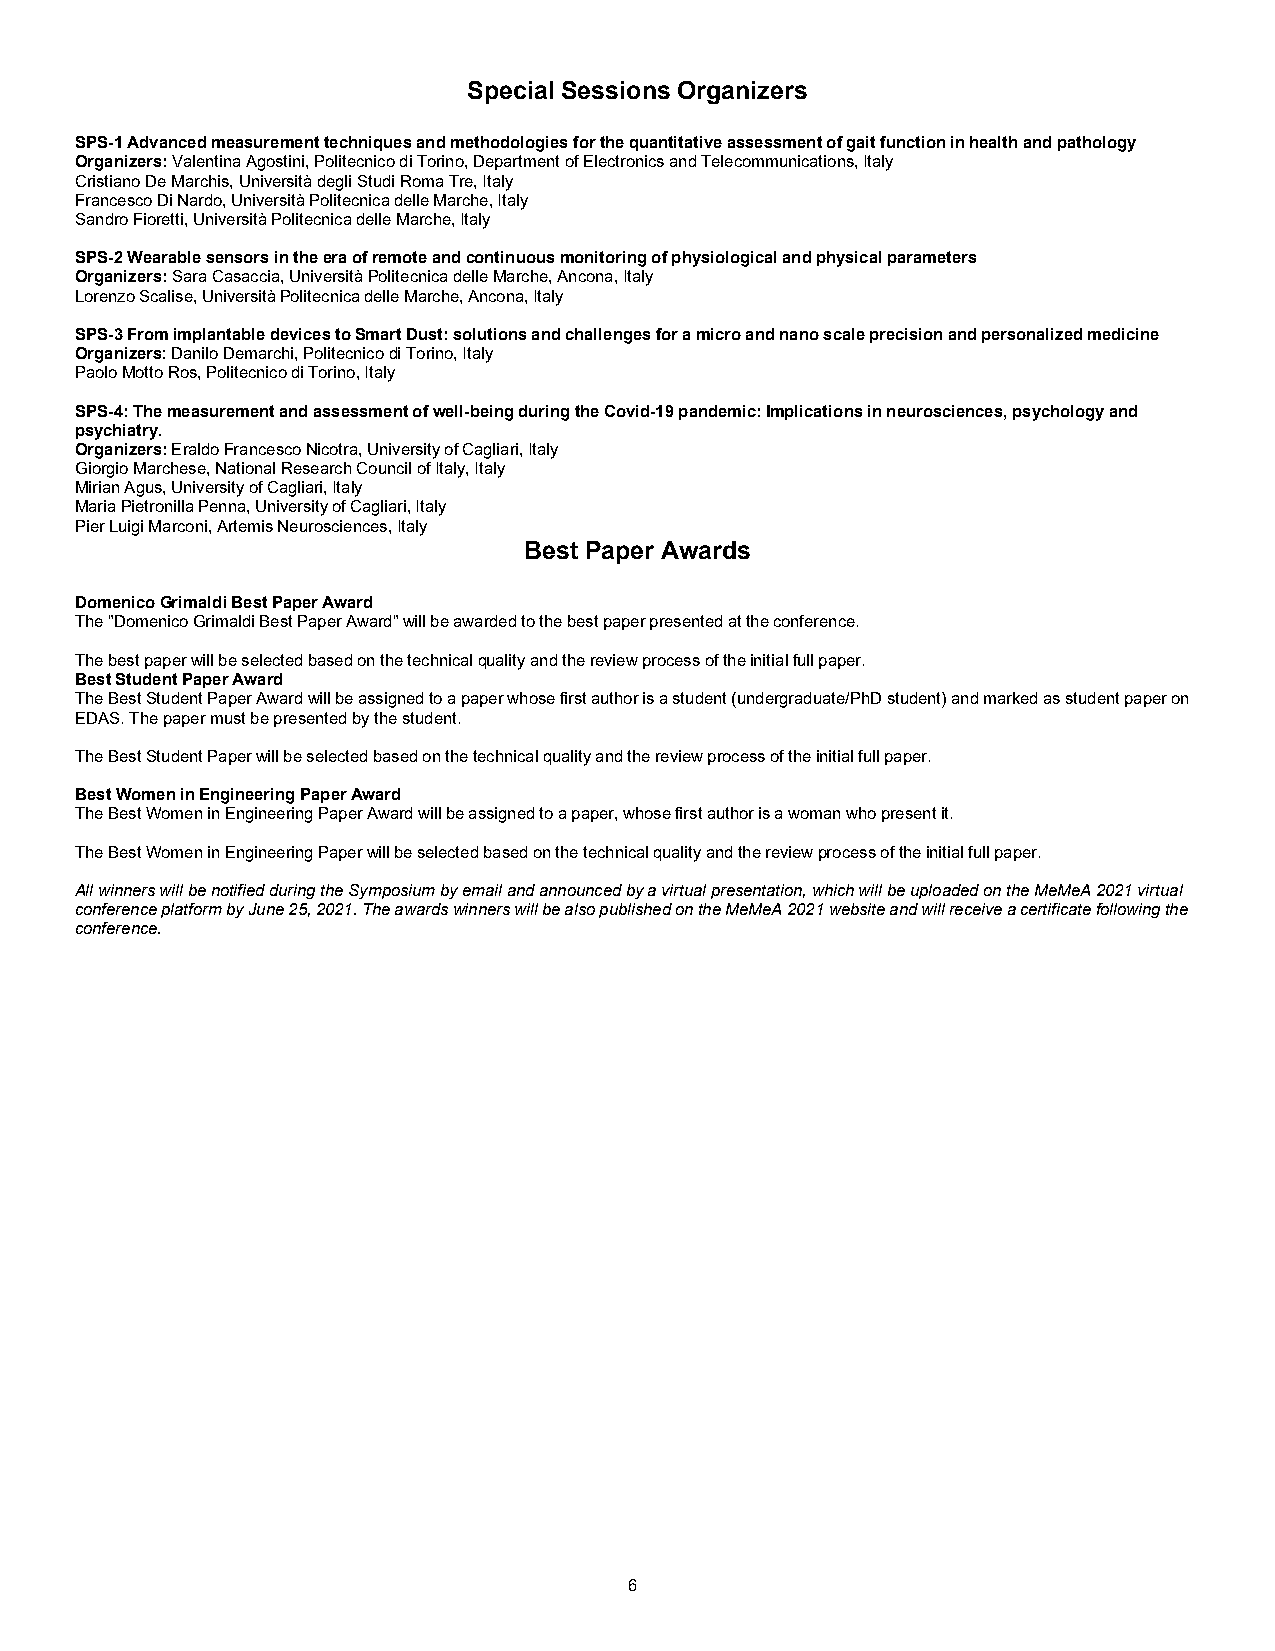
Special Sessions Organizers
 SPS-1 Advanced measurement techniques and methodologies for the quantitative assessment of gait function in health and pathology
 Organizers: Valentina Agostini, Politecnico di Torino, Department of Electronics and Telecommunications, Italy
 Cristiano De Marchis, Università degli Studi Roma Tre, Italy
 Francesco Di Nardo, Università Politecnica delle Marche, Italy
 Sandro Fioretti, Università Politecnica delle Marche, Italy
 SPS-2 Wearable sensors in the era of remote and continuous monitoring of physiological and physical parameters
 Organizers: Sara Casaccia, Università Politecnica delle Marche, Ancona, Italy
 Lorenzo Scalise, Università Politecnica delle Marche, Ancona, Italy
 SPS-3 From implantable devices to Smart Dust: solutions and challenges for a micro and nano scale precision and personalized medicine
 Organizers: Danilo Demarchi, Politecnico di Torino, Italy
 Paolo Motto Ros, Politecnico di Torino, Italy
 SPS-4: The measurement and assessment of well-being during the Covid-19 pandemic: Implications in neurosciences, psychology and
 psychiatry.
 Organizers: Eraldo Francesco Nicotra, University of Cagliari, Italy
 Giorgio Marchese, National Research Council of Italy, Italy
 Mirian Agus, University of Cagliari, Italy
 Maria Pietronilla Penna, University of Cagliari, Italy
 Pier Luigi Marconi, Artemis Neurosciences, Italy
 Best Paper Awards
 Domenico Grimaldi Best Paper Award
 The "Domenico Grimaldi Best Paper Award" will be awarded to the best paper presented at the conference.
 The best paper will be selected based on the technical quality and the review process of the initial full paper.
 Best Student Paper Award
 The Best Student Paper Award will be assigned to a paper whose first author is a student (undergraduate/PhD student) and marked as student paper on
 EDAS. The paper must be presented by the student.
 The Best Student Paper will be selected based on the technical quality and the review process of the initial full paper.
 Best Women in Engineering Paper Award
 The Best Women in Engineering Paper Award will be assigned to a paper, whose first author is a woman who present it.
 The Best Women in Engineering Paper will be selected based on the technical quality and the review process of the initial full paper.
 All winners will be notified during the Symposium by email and announced by a virtual presentation, which will be uploaded on the MeMeA 2021 virtual
 conference platform by June 25, 2021. The awards winners will be also published on the MeMeA 2021 website and will receive a certificate following the
 conference.
 6